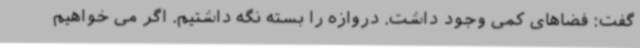
گفت: فضاهای کمی وجود داشت. دروازه را بسته نگه داشتیم. اگر می خواهیم